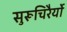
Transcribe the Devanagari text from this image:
सुरूचिरैर्यो